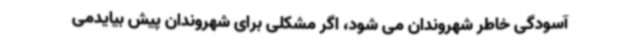
آسودگی خاطر شهروندان می شود، اگر مشکلی برای شهروندان پیش بیایدمی